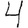
Digit: 4